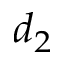
d _ { 2 }